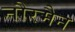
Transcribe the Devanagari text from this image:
नौरमैन